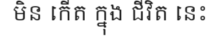
មិន កើត ក្នុង ជីវិត នេះ